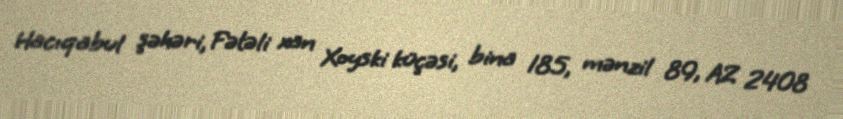
Hacıqabul şəhəri, Fətəli xan Xoyski küçəsi, bina 185, mənzil 89, AZ 2408